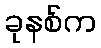
ခုနစ်က